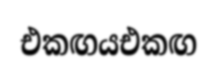
එකඟයඑකඟ